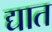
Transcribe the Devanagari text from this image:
द्यात